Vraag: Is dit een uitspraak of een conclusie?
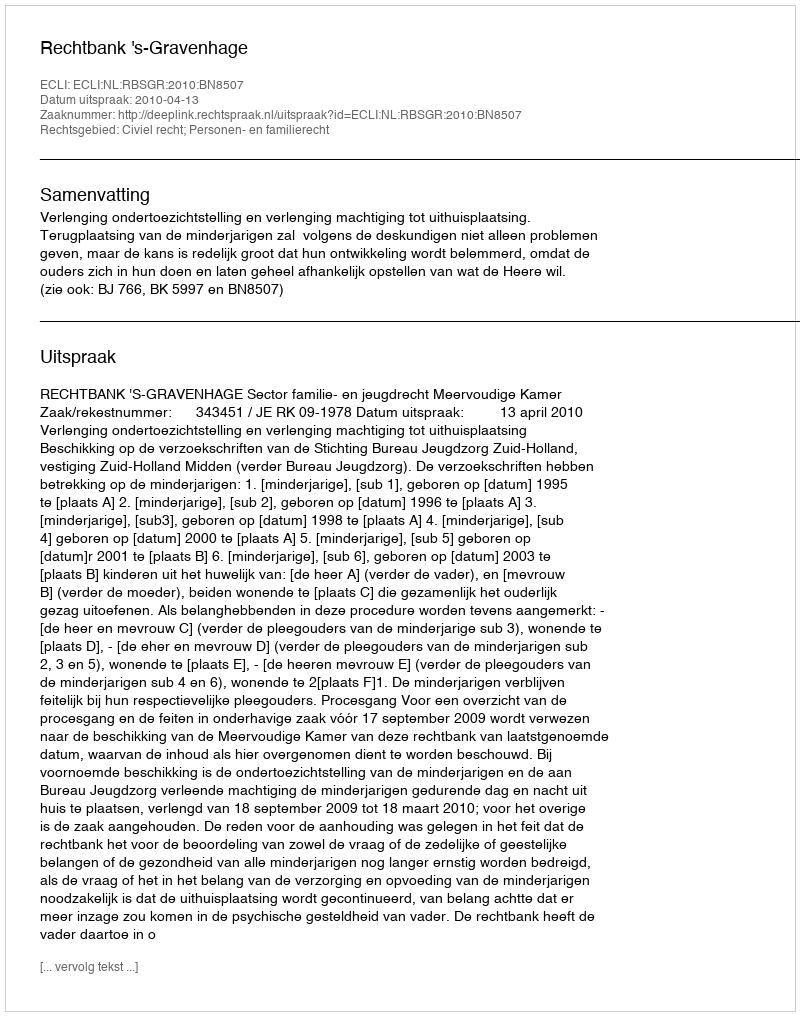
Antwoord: Uitspraak